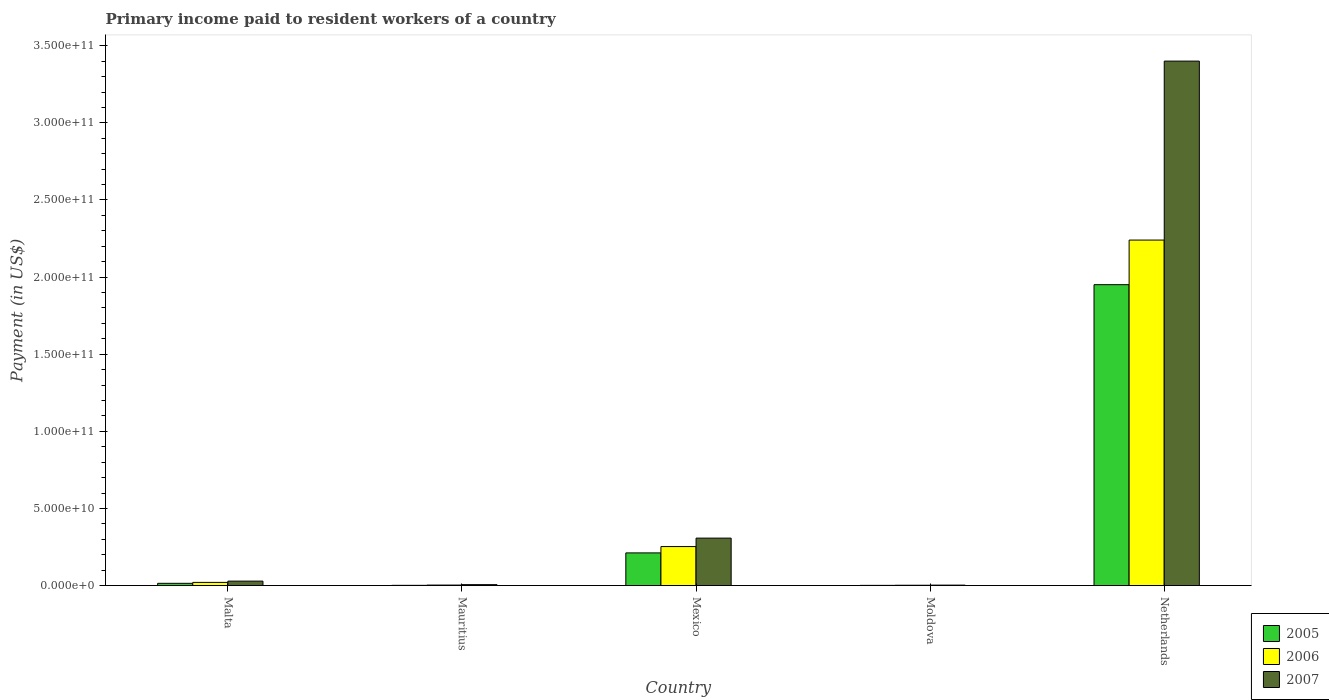
| Country | 2005 | 2006 | 2007 |
 | --- | --- | --- | --- |
 | Malta | 1.45e+09 | 2.05e+09 | 2.88e+09 |
 | Mauritius | 1.51e+08 | 3.24e+08 | 5.93e+08 |
 | Mexico | 2.12e+10 | 2.53e+10 | 3.08e+10 |
 | Moldova | 1.28e+08 | 2.03e+08 | 2.94e+08 |
 | Netherlands | 1.95e+11 | 2.24e+11 | 3.4e+11 |